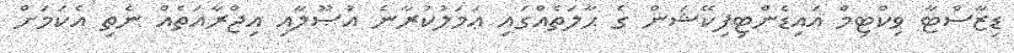
ޑިޒާސްޓާ ވިކްޓިމް އައިޑެންޓިފިކޭޝަން ގެ ޙާލަތެއްގައި ޢަމަލުކުރާނެ އުޞޫލާއި އިޖްރާއަތެއް ނެތި އެކަމަށް